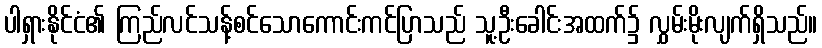
ပါရှားနိုင်ငံ၏ ကြည်လင်သန့်စင်သောကောင်းကင်ပြာသည် သူ့ဦးခေါင်းအထက်၌ လွှမ်းမိုးလျက်ရှိသည်။